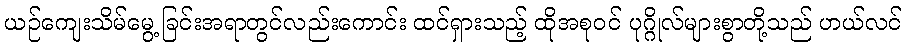
ယဉ်ကျေးသိမ်မွေ့ခြင်းအရာတွင်လည်းကောင်း ထင်ရှားသည့် ထိုအစုဝင် ပုဂ္ဂိုလ်များစွာတို့သည် ဟယ်လင်